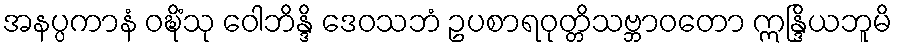
အနပ္ပကာနံ ဝဍ္ဎိံသု ဝေါဘိန္ဒိ ဒေဝသဘံ ဥပစာရဝုတ္တိသဗ္ဘာဝတော ဣန္ဒြိယဘူမိ